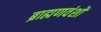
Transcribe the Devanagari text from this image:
ब्राह्मणवंशों